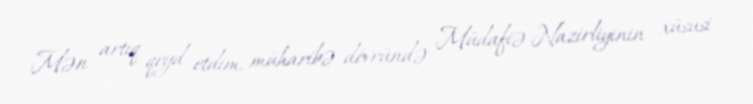
Mən artıq qeyd etdim, müharibə dövründə Müdafiə Nazirliyinin xüsusi